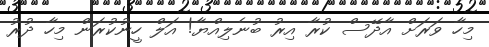
މިހާ ވަރަށް އާދޭސް ކުރާ އިރު ބުނެލިއްޔާ! އަލް ހީނުކުރަން މިހާ ދުރު